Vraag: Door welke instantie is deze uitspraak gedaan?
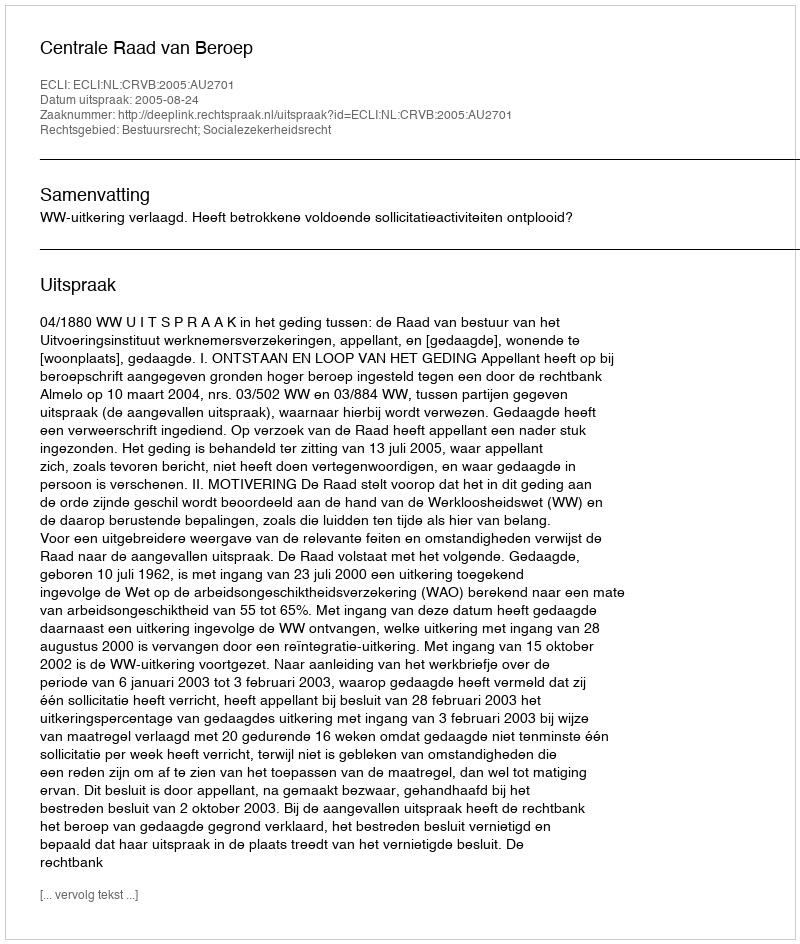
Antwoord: Centrale Raad van Beroep